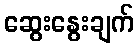
ဆွေးနွေးချက်